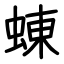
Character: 蝀